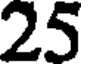
25